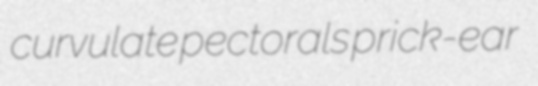
curvulate pectorals prick-ear